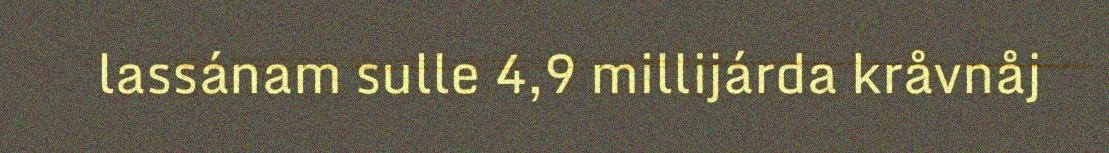
lassánam sulle 4,9 millijárda kråvnåj